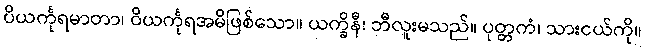
ပိယင်္ကုရမာတာ၊ ဝိယင်္ကုရအမိဖြစ်သော။ ယက္ခိနီ၊ ဘီလူးမသည်။ ပုတ္တကံ၊ သားငယ်ကို။